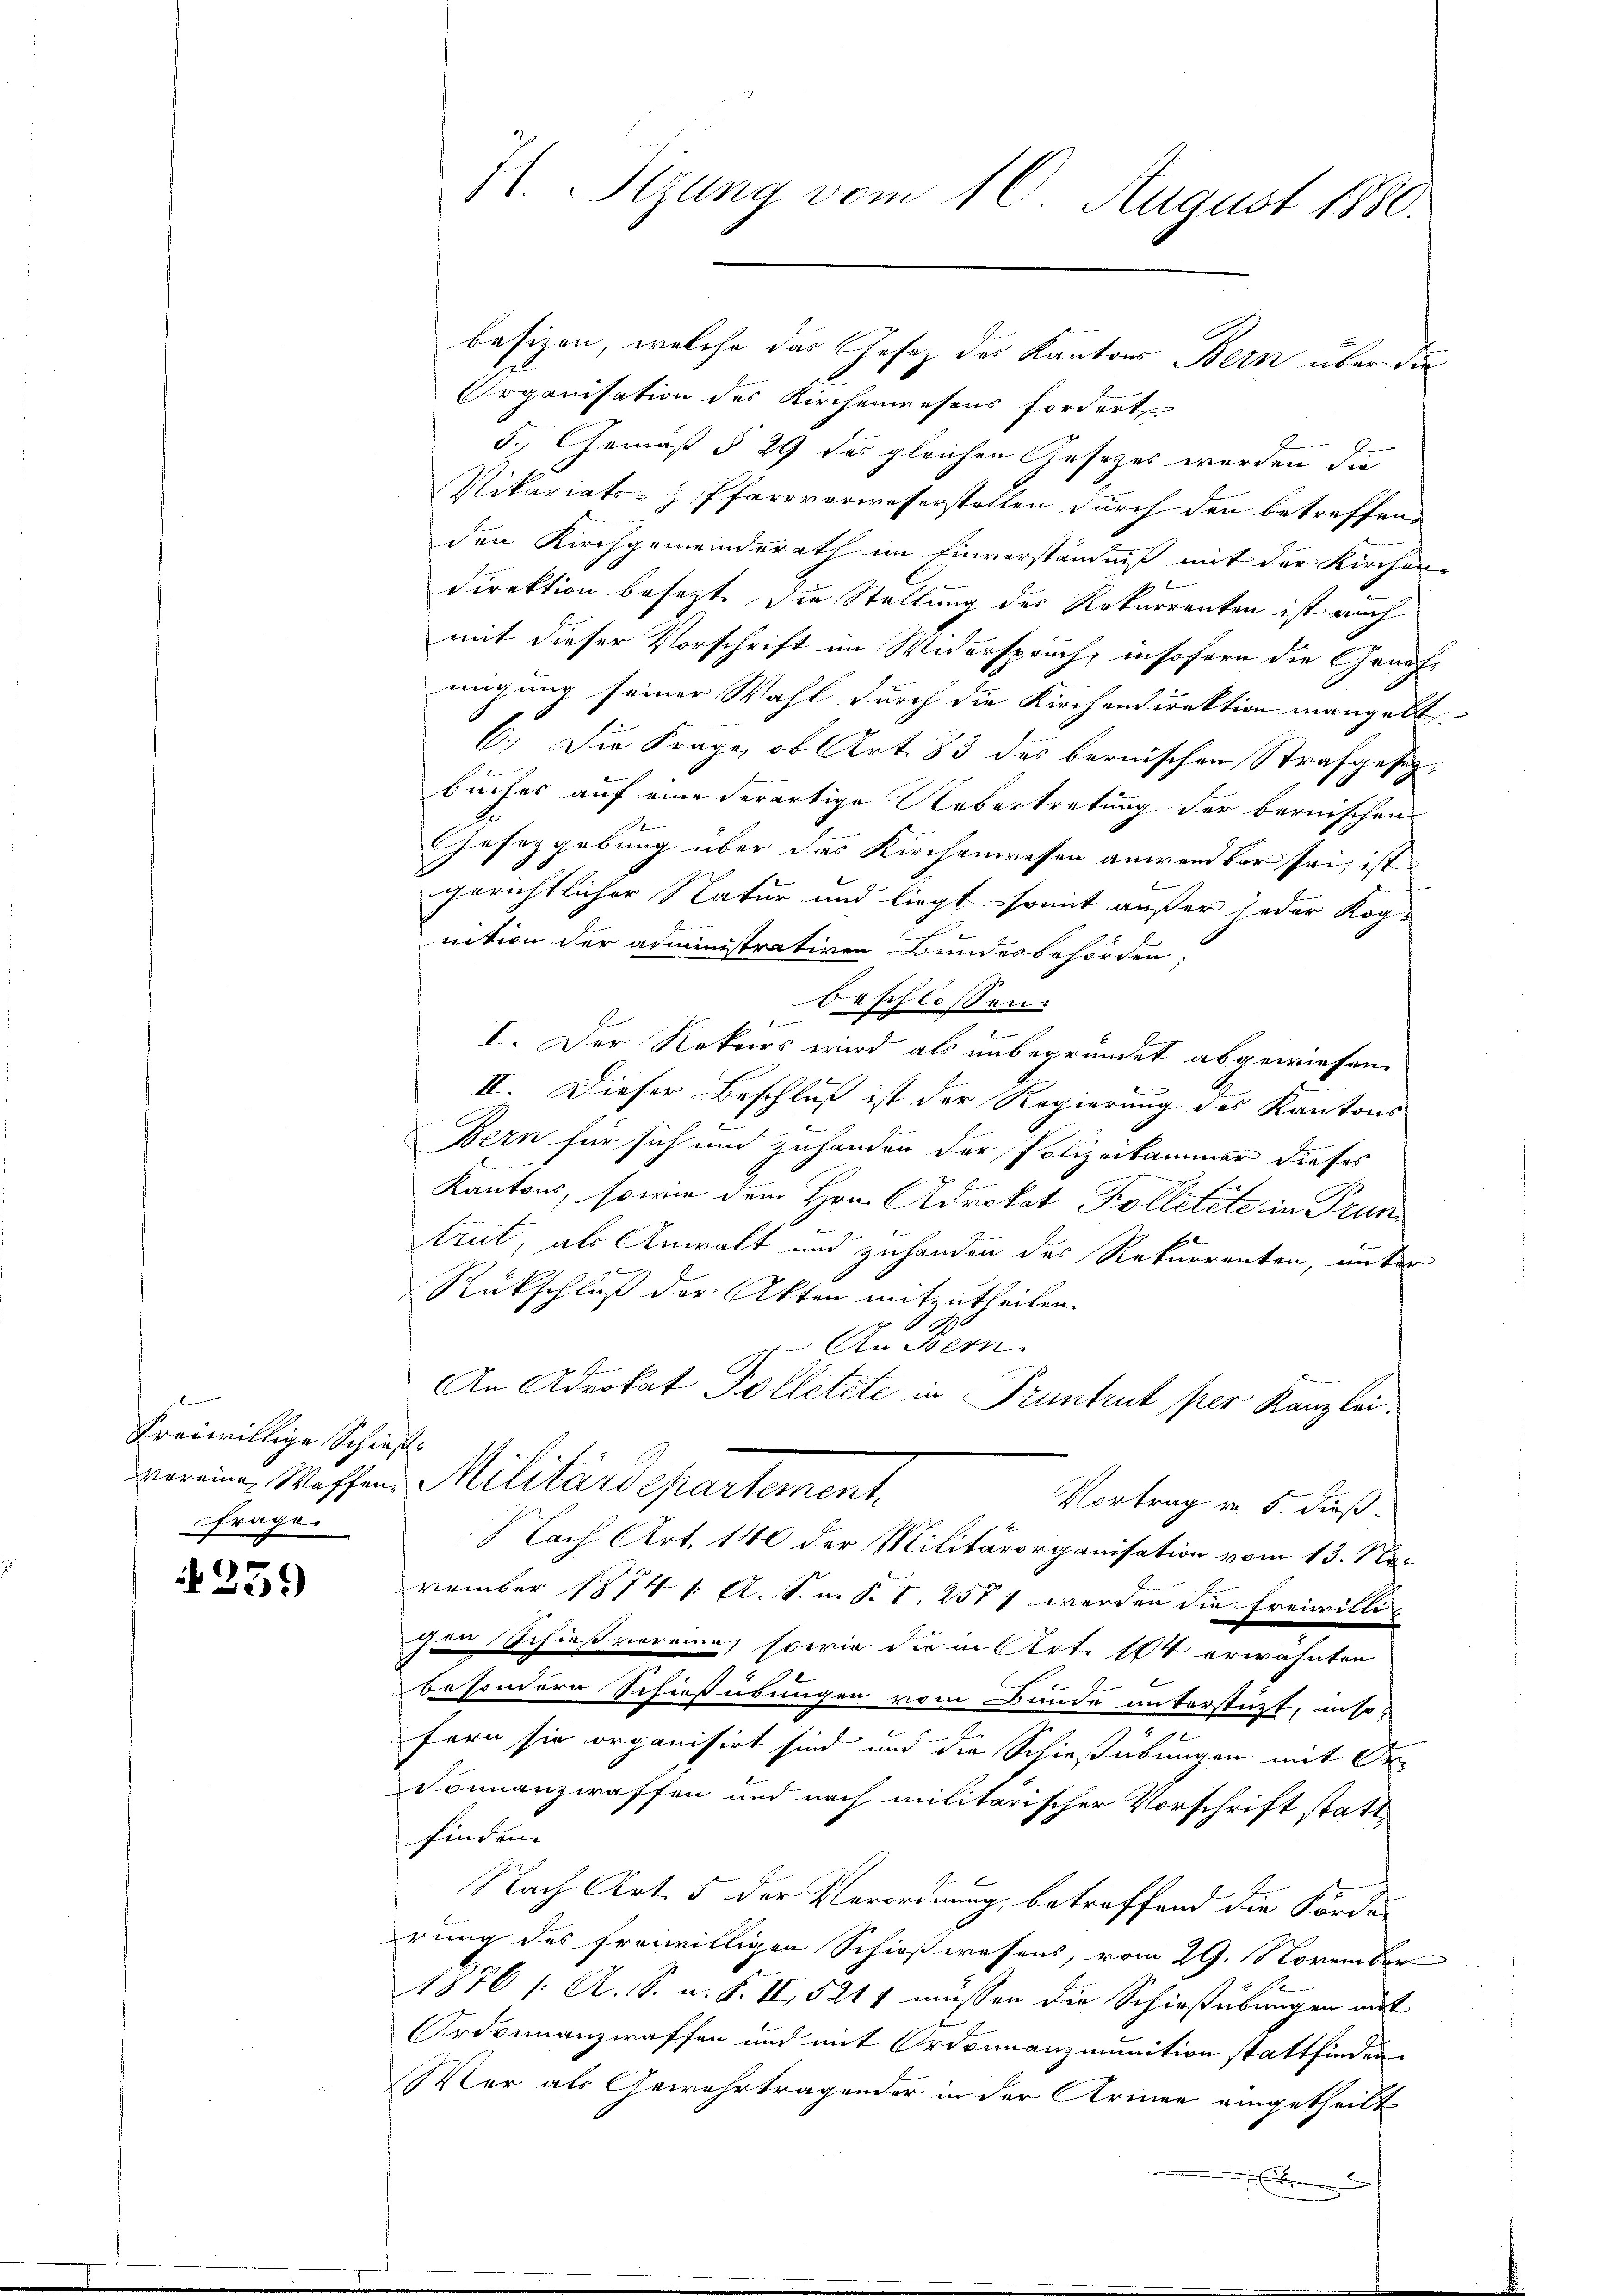
Bienennung
freiwillige Schieße
frage.

259

besizen, welche das Gesetz des Kantons Bern über die
Organisation des Kirchenwesens fordert
5.) Gemäß § 29 das gleichen Gesetzes werden die
Vikariats- & Pfarrverweserstellen durch den betreffend
den Kirchgemeinderath im Einverständniß mit der Kirchen-
Direktion besagt die Stellung der Rekurrenten ist auch
mit dieser Vorschrift im Widerspruch, insofern die Genehmigung seiner Wahl durch die Kirchendirektion mangelt. |
6.) Die Frage, ob Art. 83 des bernischen Strafgesezbuches auf eine derartige Uebertretung der bernischen
Gesetzgebung über das Kirchenwesen anwendbar sei, ist
gerichtlicher Natur und liegt - somit außer jeder Kog-
nition der administrativen Bundesbehörden.
beschlossen:
I. Der Rekurs wird als unbegründet abgewiesen.
II. Dieser Beschluß ist der Regierung des Kantons
Bern für sich und zuhanden der Polizeikammer dieses
Kantons, sowie dem Hrn. Advokat Folletete in Trun
trut, als Anwalt und zuhanden des Rekurrenten, unter

Rückschluß der Akten mitzutheilen.
An Stern
An Advokat Polletete in Truntrut per Kanzlei.
voreine Waffen Militärdepartement
Vortrag v. 5. dieß
Nach Art. 140 der Militärorganisation vom 13. No.
vember 1874 1. A. S. m. S. I, 2587 werden die Freiwilli-
gen Schießverging, sowie die in Art. 164 erwähnten
e
besondern Schießübungen vom Bunde unterstüzt, inso-
.
fern sie organisirt sind und die Schießübungen mit Or-
Fonnanzwaffen und nach militarischer Vorschrift stattfinden.
Nach Art. 5 der Verordnung, betreffend die Fordes
rung des freiwilligen Schießwesens, vom 29. November
1876 1. A. S. u. S. II, 521 f müssen die Schießübungen mit
Ordonnanzwaffen und mit Ordonnanzmunition stattfinden.
Wer als Gewahrtragender in der Armen eingetheilt

H. Sizung vom 10. August 1880.